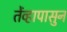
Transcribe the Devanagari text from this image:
तेंव्हापासुन